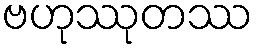
ဗဟုဿုတဿ